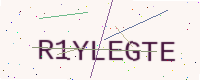
Text: R1YLEGTE